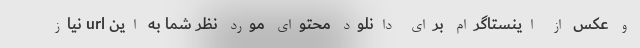
و عکس از اینستاگرام برای دانلود محتوای مورد نظر شما به این url نیاز